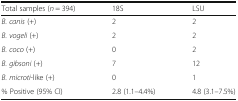
<table><thead><tr><td><b>Total samples (<i>n</i> = 394)</b></td><td><b>18S</b></td><td><b>LSU</b></td></tr></thead><tbody><tr><td><i>B. canis</i> (+)</td><td>2</td><td>2</td></tr><tr><td><i>B. vogeli</i> (+)</td><td>2</td><td>2</td></tr><tr><td><i>B. coco</i> (+)</td><td>0</td><td>2</td></tr><tr><td><i>B. gibsoni</i> (+)</td><td>7</td><td>12</td></tr><tr><td><i>B. microti</i>-like (+)</td><td>0</td><td>1</td></tr><tr><td>% Positive (95% CI)</td><td>2.8 (1.1–4.4%)</td><td>4.8 (3.1–7.5%)</td></tr></tbody></table>